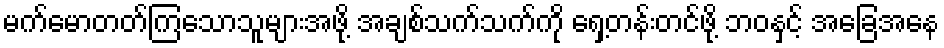
မက်မောတတ်ကြသောသူများအဖို့ အချစ်သက်သက်ကို ရှေ့တန်းတင်ဖို့ ဘဝနှင့် အခြေအနေ